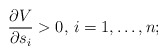
\begin{align*} \frac{\partial V}{\partial s_i}>0, \, i=1,\dots, n; \end{align*}